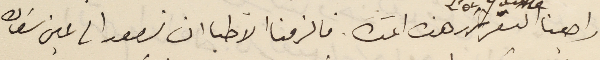
راجعنا التقرير هذه المدّة. فالزمنا الآطبا ان نصعد الى عين سَعاده